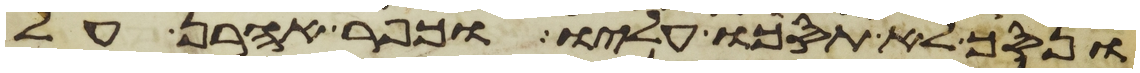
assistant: ונסך לא תסכו עליו וכפר אהרן על